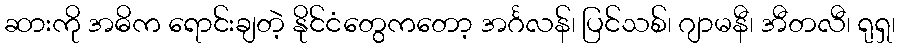
ဆားကို အဓိက ရောင်းချတဲ့ နိုင်ငံတွေကတော့ အင်္ဂလန်၊ ပြင်သစ်၊ ဂျာမနီ၊ အီတလီ၊ ရုရှ၊